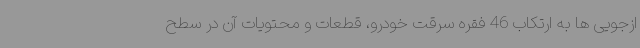
ازجویی ها به ارتکاب 46 فقره سرقت خودرو، قطعات و محتویات آن در سطح